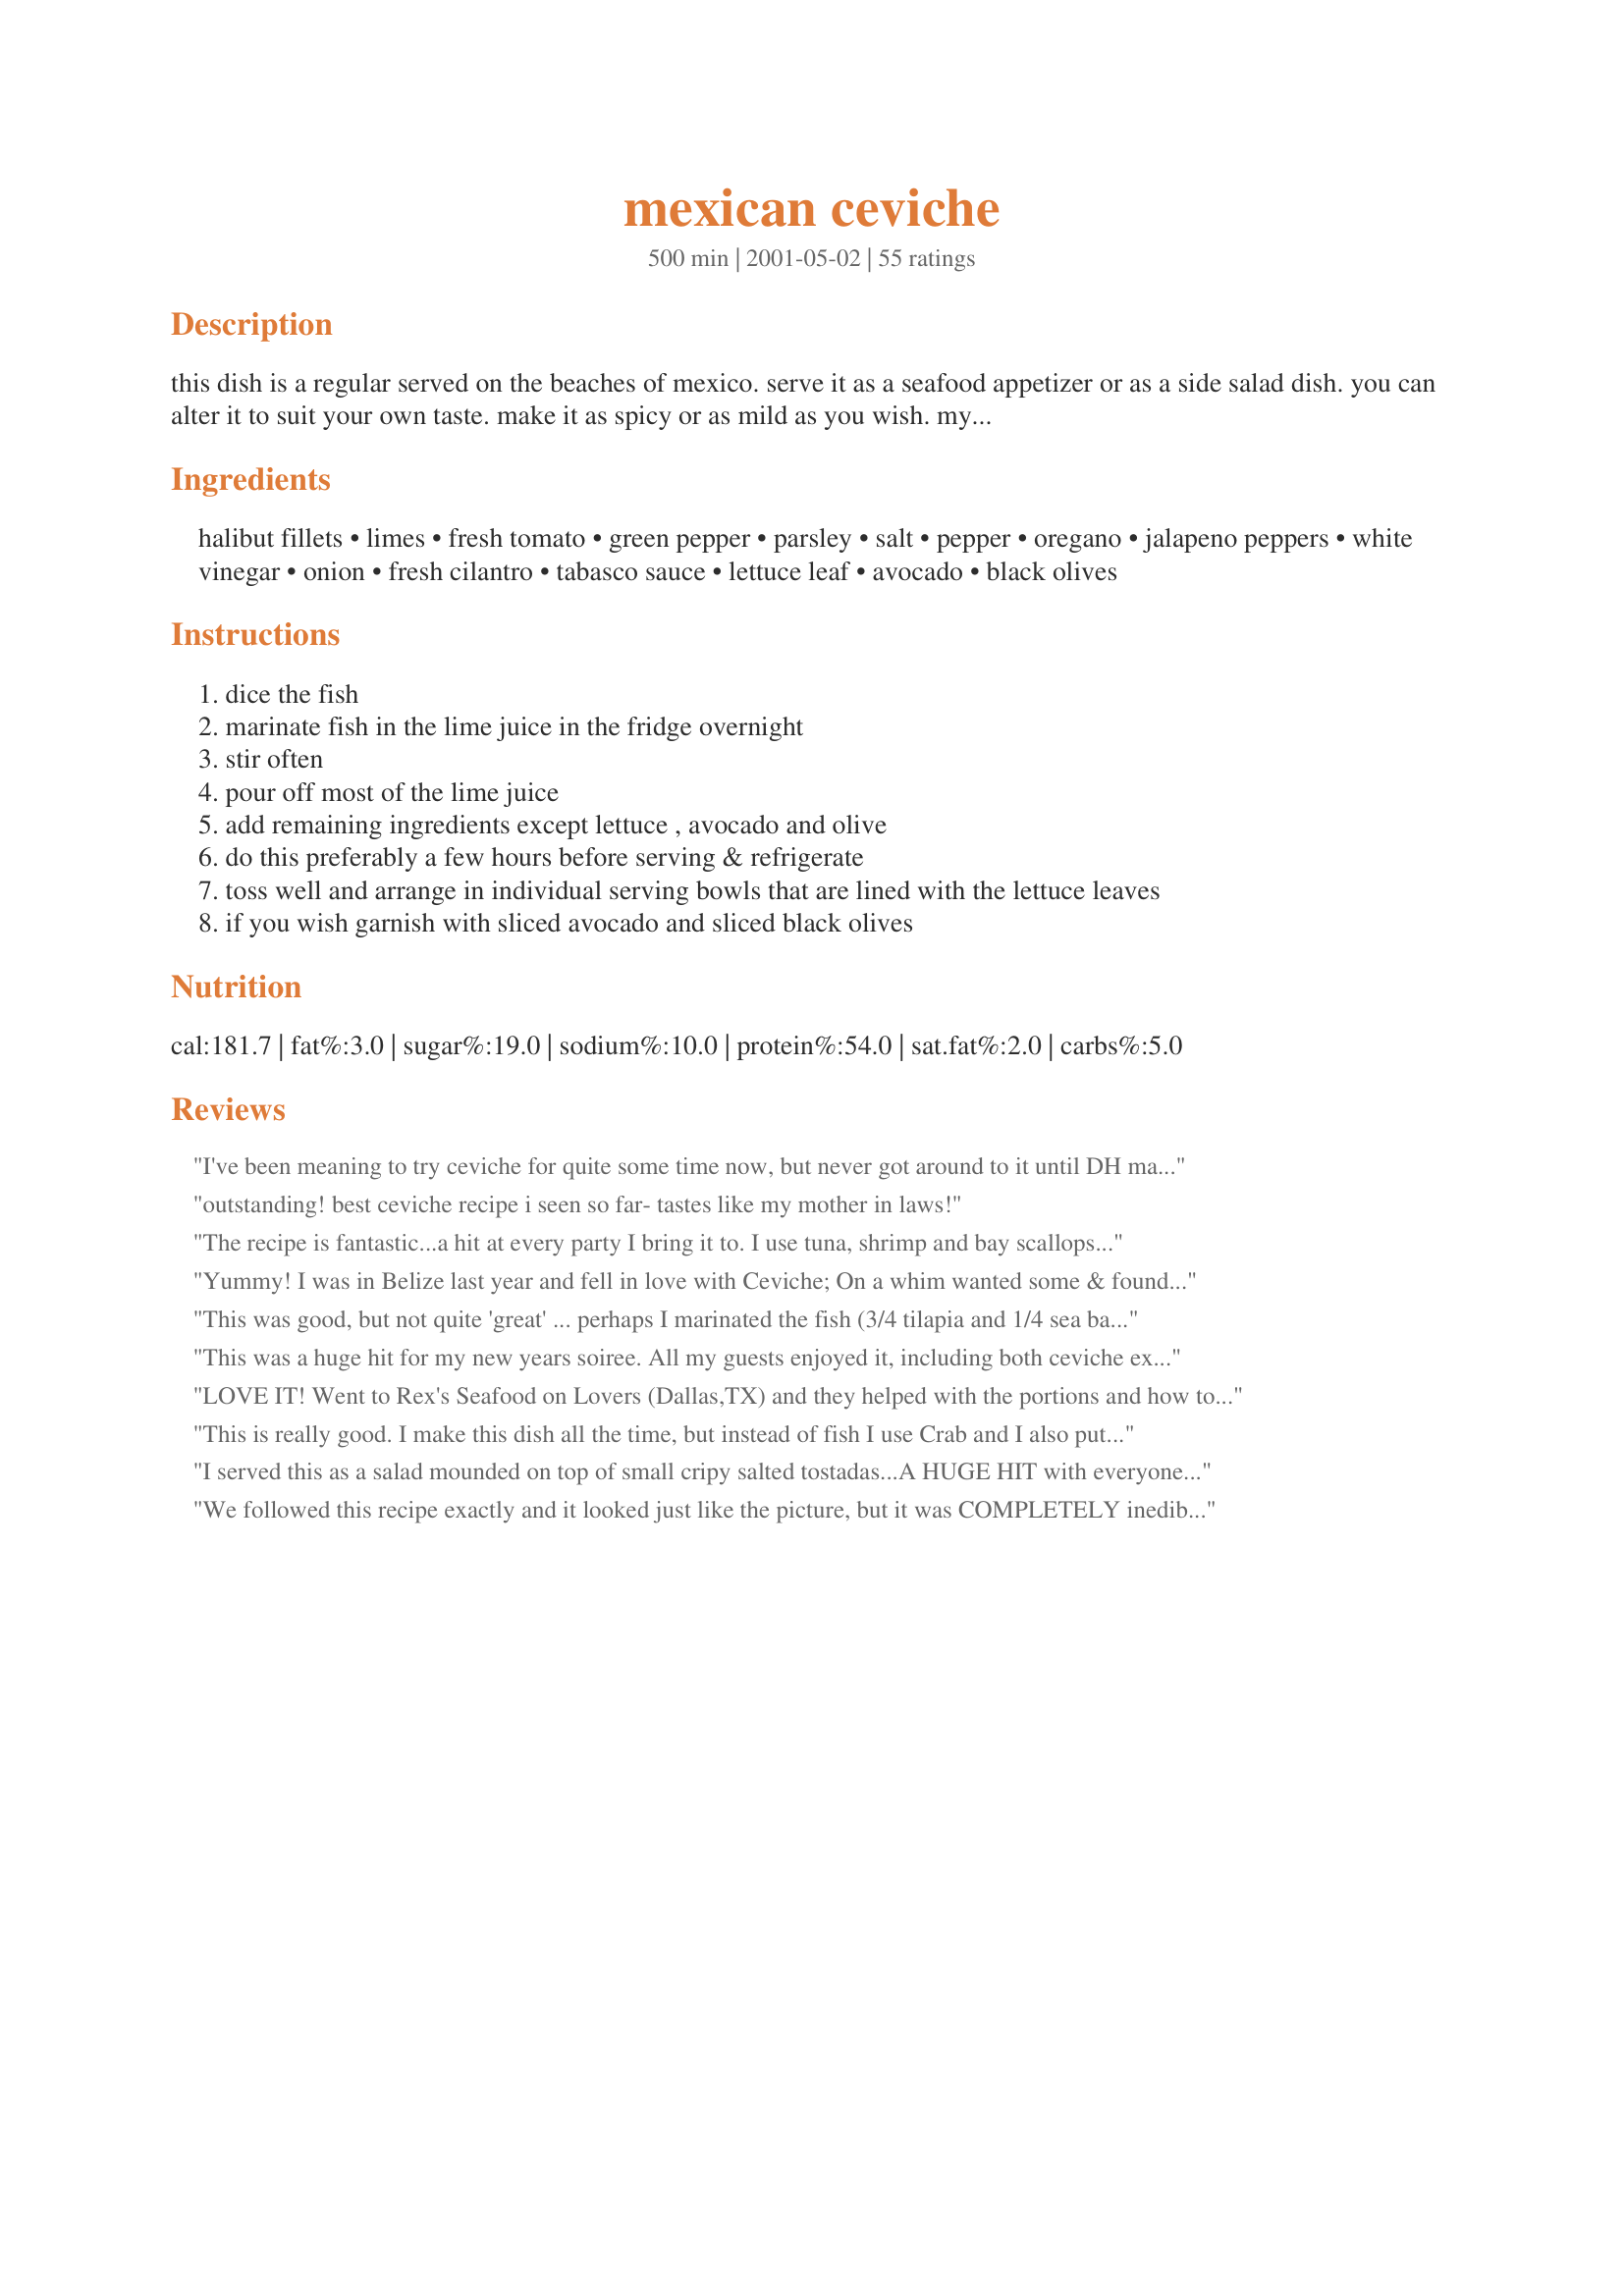
mexican ceviche
Preparation time: 500 minutes

this dish is a regular served on the beaches of mexico. serve it as a seafood appetizer or as a side salad dish. you can alter it to suit your own taste. make it as spicy or as mild as you wish. my friends all love it. i often use shrimp & fish or shrimp & scallops - when i do this i do not marinate the shrimp as the shrimp tend to get tough. i steam the shrimp and add them a few hours before serving as i mix all the ingredients together. in mexico when they make this they often add sea water (not recommened). if you are using frozen fish, choose a firm-fleshed fish and make sure it is fully thawed with as much moisture as possible removed.

Ingredients:
halibut fillets, limes, fresh tomato, green pepper, parsley, salt, pepper, oregano, jalapeno peppers, white vinegar, onion, fresh cilantro, tabasco sauce, lettuce leaf, avocado, black olives

Steps:
dice the fish
marinate fish in the lime juice in the fridge overnight
stir often
pour off most of the lime juice
add remaining ingredients except lettuce , avocado and olive
do this preferably a few hours before serving & refrigerate
toss well and arrange in individual serving bowls that are lined with the lettuce leaves
if you wish garnish with sliced avocado and sliced black olives

Reviews:
I've been meaning to try ceviche 
for quite some time now, but never got around to it until DH made a specific request for it a few days ago (he's too funny, always happily surprised when he wishes out loud for something authentic from home and I whip out a Zaar recipe and grant his wish). Wow, was I missing out! This was soooo good! I went to the grocery store for fish and scallops, and they were out of red snapper and sea bass (the halibut was just too expensive), so the fish guy suggested salmon instead. The only ingredient that I didn't have was the green pepper, but that was okay, I just added an extra jalapeno to make up for it (I was worried that it would be too spicy for me, but I actually had to add extra hot sauce before serving). DH said the loads of lime juice counteracts the spiciness of the peppers, as he poured on the extra hot sauce before eating, lol. For extra color, I used red onion. Very attractive and fresh-looking dish. DH wanted this on tostada shells, so I didn't bother with the lettuce. Next time I make this, I think I'm going to add more scallops -- I think it was a 2 to 1 ratio of salmon to scallops this time, and I was wishing for more scallops (I REALLY like scallops). This is definitely going to be a repeater in my house! Thanks for posting!
outstanding! best ceviche recipe i seen so far- tastes like my mother in laws!
The recipe is fantastic...a hit at every party I bring it to. I use tuna, shrimp and bay scallops. I do par boil the shrimp and bay scallops. I use bay scallops because they are the perfect size without cutting them. I omit the oregano. Green bell pepper is too strong for me so I use yellow bell which also adds a beautiful color against the green cilantro and red tomato. Also use red onion.
Yummy! I was in Belize last year and fell in love with Ceviche; On a whim wanted some & found your recipe--It was divine! Very fresh flavors that melded perfectly. I didnt have green onions handy, but other than that followed directions, using only shrimp. Very good!!
This was good, but not quite 'great' ... perhaps I marinated the fish (3/4 tilapia and 1/4 sea bass) too long? It didn't make it thru the day without the fish getting sort of mushy ... the shrimp (which I steamed) lasted fine. Thanks for posting.
This was a huge hit for my new years soiree. All my guests enjoyed it, including both ceviche experts and newcomers. I highly recommend this recipe and will most definitely make it again in the future.
LOVE IT! Went to Rex's Seafood on Lovers (Dallas,TX) and they helped with the portions and how to cut fish. Just one word of advise, use plastic gloves when cutting the jalapenos. For three days I could not touch my eyes for fear of burning them. I marinated the fish overnight, but did not turn until the next day. It took a little longer doing it this way, but got enough sleep.
This is really good. I make this dish all the time, but instead of fish I use Crab and I also put onions, cucumbers and omit the vinegar. My husband is from Mexico and since he's in the states, he doesn't get to eat real mexican food (he hates taco bell) so he loves when I make this.
I served this as a salad mounded on top of small cripy salted tostadas...A HUGE HIT with everyone at the party. Great recipe for a crowd and any "do ahead" recipe helps make the party less hectic! It tasted fresh, light and only slightly citrus (not over powering as one might expect from all the lime juice). Avocado is a must...not optional!
We followed this recipe exactly and it looked just like the picture, but it was COMPLETELY inedible--the (fresh, uncooked, firm) fish was tough and rubbery. What a waste of seafood! Never again!
Here in Nova Scotia, we have shrimp on a regular basis....when I was first taught to make any Ceviche...you were to cover the shellfish with lime and leave is on for no longer than half an hour as longer could cause the shrimp to become tough and possibly ruining your dish. Any shellfish..shrimp, scallops, even clams, etc. can be "cooked" this way...super simple and delicious. AlLWAYS use lime not lemon juice.
Nice dish! I've been somewhat of a ceviche expert over the years, and I definitely liked the way this one turned out. I will keep using this one, no doubt. :)
Cilantro is on the ingredient list twice. Is there a reason you add it two separate times? I'm confused.
My dh has begged for ceviche for years as he lived in Mexico as a teen,I don't like to make Mexican for him as he is so picky as to authenticity. During a recent blizzard I decided to give it a try, what an eye opener this was, dh LOVED it, I loved it, we shared it with friends who begged for more, just awesome flavor, we ate it on saltine crackers which is how it was served to us in Costa Rica. This will be a staple in our house from now on! THANKS!!
I'm not 100% sure I made it right, but I followed all the directions. My fish was really, really wet... inside, like a sponge. It was bad for us. I picked out the fish and now we're calling it fancy pico. Might have turned out differently with shrimp or scallops, but the recipe called for fish, so we used fish.
I would not recommend using parsley in place of cilantro.
it was so good i added a teasponn of soy sauce and ate it with tostadas
My husband fishes often. I am always looking for new "fish recipes". Soooo glad I decided to try this one. I used walleye in this recipe. Turned out great. I added two ingredients, per my personal taste. A tsp of cumin and a few cloves of fresh minced garlic. Very tasty. Thanks for posting. My mother in-law already asked for the recipe to take to a gathering she was going to.
Very good recipe, I used salmon and shrimp. Didn't use any vinegar, the lime juice was enough acid. And it's definitely better with cilantro!
I thought that it was a good recipe for a novice. Something that may be a good idea to try is to instead serve on tostadas, with or without mayonesa(Mexican mayonese with lime juice added). I know it may sound disgusting, but it tastes great. Also, add one finely chopped clove of garlic, and a little cumin and a pinch of Mexican oregano(has a better/bolder flavor than Italian or Greek Oregano).
I first had ceviche at a friend's BBQ last summer. I loved it, but forgot all about it until I came across this recipe. I'm really glad I did - that was really good. It wasn't *quite* as good as I remembered it - thus 4 stars instead of 5, but I'm not sure what it was missing. In any case, this was really tasty, and I'll definately be making it again. A few notes -- I served it on the side of a marinated steak with brown rice. Although the rice was supposed to go with the steak, it was great with the ceviche as well. It really mellowed the flavors a bit. Also, for me, the prep time was a bit longer than 20 minutes. With all the chopping, plus de-skinning and dicing the fish, and juicing the limes, I'd say it was closer to 35 minutes. But well worth it - this was great!
Just what a ceviche should be...light, refreshing, and packed with flavor! I opted for sea bass, used only cilantro (no parsley), only one jalapeno, and no Tabasco, but I added a couple teaspoons of Thai chili-garlic sauce, which added a lot of heat, garlic, and some extra flavor. Avocado was a definite enhancement, but I did not venture to try the olives. It also held up surprisingly well in the refrigerator overnight. Will definitely use this recipe again and experiment further.
Sooo easy and so delicious. Love it, love it, love it!
Reminds me of vacation.. I like to add steamed octopus as well.
I have made this recipe about three times this week. I get the frozen bag of shrimp at Costco and it makes it soooo easy. Thanks for the great recipe.
My guests loved this.
It was simple and great.
Excellent!

I added Red Onions and Garlic to mine and omitted the vinegar. I used Striped Bass!
Did I do something wrong? I followed the directions precisely, and this was horrible - it just tasted like pico de gallo drowning in lime juice. The fish was very mushy as well - perhaps I marinated too long? I was really excited about this, so if anyone has any suggestions on what I did wrong please let me know!
This recipe is worth 10 million stars. My husband and I love seviche/ceviche and your recipe has us captivated. I used 5 large limes which provided plenty of juice. I used a mixture of red snapper and sea bass. Two jalapenos made it plenty hot. I served it on lettuce lined plates and it was a perfect supper for us. Bless you for sharing your recipe.
bergy this was great!! i used shrimp and scallops and added just a touch of cumin. loved it!!!!! thanks!!!
Fantastic. Didn&#039;t really do much measuring, chopped up by volumes equal parts onion, cilantro, sweet pepper, and then added an habenero (finely chopped). Garlic suggestion from these reviews was also great idea. Skipped the vinegar, oregano (forgot it), and tabasco (really?). Used ono(wahoo) about 2 days after being caught. Man, the flavors really worked and brought me right back to the beach in Mex. Thanks for posting this one, it hit the spot.&lt;br/&gt;&lt;br/&gt;Half an hour and the fish was &quot;cooked&quot;. I like fish raw so I didn&#039;t sweat it but there is no way you need to do this overnight. I bet in a Mexican kitchen they toss in the fish right after they finish prepping the rest of the dish. I would.&lt;br/&gt;&lt;br/&gt;I&#039;d also disagree that all the lime needs to be out of the fish before mixing, just poor of the extra and shoot, it was fantastic.&lt;br/&gt;&lt;br/&gt;I would also agree with the reviewer that said stick to cilantro.
We only used shrimp and i was scared so i got the already cooked kind. Mistake - the lime juice just made the shrimp kind of tough. Despite that, it was very good and I look forward to making it again - properly. Such a fresh, healthy dish! Thanks for posting!
WOW.....I could almost feel the ocean breeze while eating this. I have never made anything like this before and was a little leary what my family would think about it. I was concerned to nothing. They loved it as much as I.....so good. I plan on making this again when its time for an adult only party and impress my friends....god I love recipezaar for making me a great cook that can make so many things to impress my friends.....lol. thank you for sharing this recipe with us, I plan on repeating this for my family this summer as a lighter lunch.
Out of this world! My wife and I really enjoyed this.

We ate it with some baked corn chips, and both went back for seconds.

We made it with half sea bass, and half halibut, and used fresh oregano.

Yum! This is definitely something to repeat!
No, I&#039;m Mexican and never would we ever add parsley, green pepper or vinegar!
Followed the recipe, took about 45 minutes for my halibut to &quot;cook&quot;, but it tasted sooo bitter...just like biting into a lime peel. What happened?? Suggestions??
Perfect. I used only shrimp.
Anyone who rated this less than 5 stars must have done something wrong. You have to use a FIRM fish, I used Chilean sea bass and patted it dry with a paper towel. I marinated it in a glass pyrex loaf dish, covered it with plastic wrap and set it in the fridge for 8 hours, stirring a few times. I drained it and added the rest of the ingredients (adding a bit more salt and using only 1 jalapeÃ±o for this 1st time) then served it in margarita glasses topped with chunks of avocado. It was a BIG hit, gone in literally minutes! I am Mexican-American so I KNOW MY CEVICHE. My in-laws are also missionaries in Guatemala. Whenever we visit the first thing we do is head to a cevicheria where they have several varieties of ceviches from different Latin countries. They often use shark; firm, white, boneless meat. I haven't been able to find it though. It's served in restaurants here (Houston) but it's 1.EXPENSIVE ($8 for 1/3 cup) and 2.they skimp on the fish. The Chilean sea bass was pricey ($20/lb.) but it was the only suggested fish I could find and is still cheaper than the restaurants. I'll try adding a bit more fish (or shrimp) next time, maybe another 1/4lb., but the flavor of this was excellent! Thank you, thank you Bergy!!!!

P.S. I saw someone use salmon, I do NOT recommend this fish.
If you dont want mushy shrimp, after your shrimp has finished marinating you must toss it with the vegtables and refrigerate for atleast 4 hours...also add cucumber, celery, CILANTRO, tomato, and onion.
This is a perfect summer time luncheon!!
I used cod...and skipped the black olives other than that...followed the recipe.
Thank you Bergy!!


I made this for my girlfriend's sister's bridal shower. It was a giant success. I did only use one jalapeno and omitted the vinegar. Instead of just fish, I added a pound of shrimp and used half a pound of fish. I also used just cilantro which seemed to be a wise and popular decision. This will be added to my arsenal. Great recipe.
I made this with ground tilapia that I picked up at a local Hispanic market. The tilapia had a strong, earthy taste that did not complement the dish. However, I tried the leftovers after sitting in the fridge overnight and the flavors had melded very nicely. The earthy taste was gone and it was delicious. I followed the basic recipe pretty closely except I didn't use bell pepper because I didn't have any, and I added a few cloves of garlic, which I will definitely do next time too. I also didn't have avocado but will try it that way next time. I can only imagine how much more tasty it will make this dish.
Absolutely fantastic! I used a lb of shrimp instead of the fish, and really simplified the recipe so as not to drown out the taste of the shrimp. I did not use the additional 2 tbsp cilantro listed at the end, nor the white vinegar. This was definitely that talk of the Cinco de Mayo party, and everyone commented on just how "fresh tasting" it was. This will definitely be a repeat!
Execllent. For Lazy ceviche, just take 1.lb of white fish (snappper, tilapia, etc, and combine with lemon juice and ready-made salsa! Awesome!)

YUMMY! I made it for our family's cinco de mayo dinner. There were 15 people, but I only doubled it because I figured the kids wouldn't eat it and we'd just use it as a dip for tortilla chips! OOPS...I should have doubled my double batch! :-) I think my father in law ate 3 bowls full and was grumpy when mother in law cut him off! :-)
This is gonna be a definite regular in our family!!!
I did it as written(using 1 pound of scallops and 1 pound of shrimp) except I added a chopped cucumber and omitted the hot sauce.
Dee-lish! I used a Red Snapper, Shrimp and Bay Scallops combo, but instead of putting the jalapenos in the ceviche, I bought the whole canned jalapenos that come with carrots in the can. Halved and hollowed out the jalapenos and stuffed the them with the ceviche! WOW, it was good. Someone ate a carrot and started to cry, those babies are hotter than the jalapenos! <br/>TIP: For those of you who touch the jalapenos with your bare hands, wash wth Dawn dish detergent or scrub with lemon juice, either takes all the oil from the jalapenos off your skin.
This recipe was great! We used cod and pre-cooked shrimp. We put the cod into the lime juice, but only for 2 hours, came out perfect. We added the shrimp into the whole mix as-is, no lime juice marinade. We also added a couple cloves of garlic and used fresh cilantro and parsley. We paired it with some lime-cilantro rice and it was scrumptious, we all raved! Thanks Bergy!
the fish only needs to cook for 45 minutes<br/>and don't dare us juice <br/>squeeze the limes fresh yourself<br/>then check it out by making sure all the fish is hard<br/>if not add more lime<br/>then squueze all the lime out by rolling the fish into little balls<br/>then add the rest of the tomatoes onions etc<br/>but all the lime needs to out of the fish before mixing<br/>sorry bergy...
Wow! What a great recipe! When I have had it in Mexico, it always had both garlic and jalopenas, so I added 4 cloves of garlic and 1 jalopena finely diced. My guests had never heard of it and all asked for the recipe!
Delicious! I like to add baby shrimp to it.
Good recipe with great flavor. I used 1/2 halibut and 1/2 small scallops. I only used 1/2 green pepper, 1 jalapeno and 1/2 onion and that was more than enough of each. Used avocado for garnish, not sure if I would like the olives.
Used 1/2 lb. each of sole and jumbo scallops. Delicious! But I'm curious about others' cooking time - mine cooked in 90 minutes (stirred twice; fish only). I added remaining ingredients (except for olives, lettuce, avo) and let sit for another hour chilled. 2 japalpeno peppers were perfect (reminder that de-seeding w/o protection = stinging fingers). Perfect way to use heirloom tomatoes during summer months! Agree w/poster who said that olives and avos were NOT optional!!! Served in martini glasses sans lettuce leaves 6 hours later.
wow! this Cerviche is really outstanding!! Soo delicious, I can't say enough good about it! the combination of flavours is fantastic and was a perfect starter for a wonderful luncheon served to me by the author. Bergy you outdid youself, I will be using this one, wonderful for guests and as a treat for ourselves! Thank-you!!
Holy mother of God, I should have worn plastic gloves when chopping the jalapeÃ±o as suggested in other reviews. I chopped them first (and washed my hands), then the bell pepper, then the onion. When the onion made me cry I instinctively wiped my eyes. I thought it would be ok since I washed my hands. WRONG! Every time I opened my eyes it felt like a wet mist was hitting my eyeballs. I thought I had onion juice on my eyelashes, or something. Then the stinging set in. My nose drained like crazy. My husband had to get me an icepack while I sat on the kitchen floor freaking out. I just got out of a cold shower. It was the most beautiful shower in the whole wide world. I'll let you know if this ceviche is worth it. To be continued...
Like another reviewer my fish was very mushy (wet inside Kristi said) but the flavor was very good and everyone liked it. We did have a lot leftover though so I think I wil try to make this again with scallops and shrimp and re-rate the recipe.
